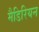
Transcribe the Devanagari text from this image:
मैडिरियन